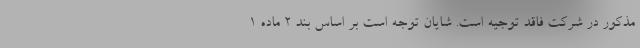
مذکور در شرکت فاقد توجیه است. شایان توجه است بر اساس بند ۲ ماده ۱